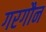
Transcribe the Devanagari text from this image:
गरगौन